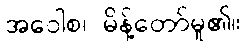
အဝေါစ၊ မိန့်တော်မူ၏။